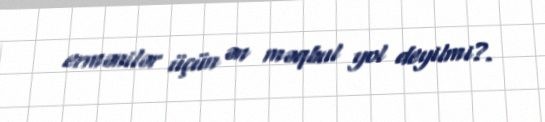
ermənilər üçün ən məqbul yol deyilmi?.